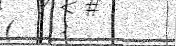
(   :